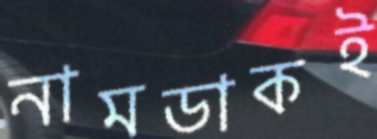
নামডাকই